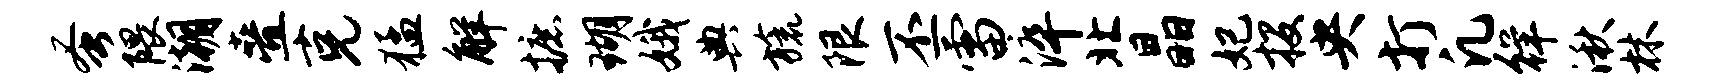
蚤隈潮叠克猛解摭瑚娥典旒限丕雷淬北晶妃投央打凡徉湫林